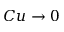
C u \to 0